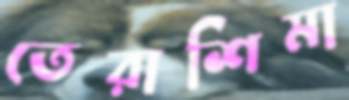
তেরাশিমা